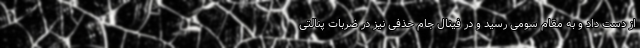
از دست داد و به مقام سومی رسید و در فینال جام حذفی نیز در ضربات پنالتی